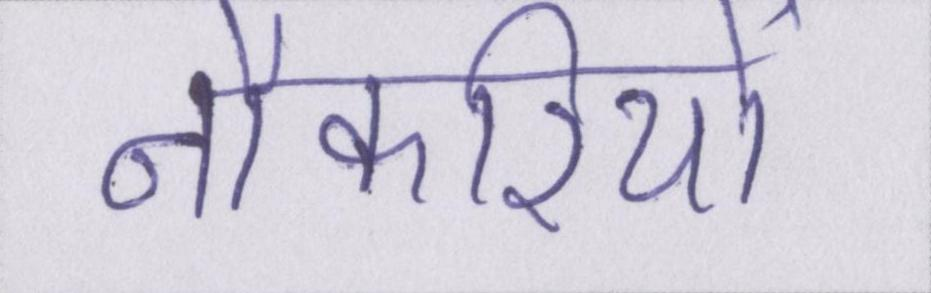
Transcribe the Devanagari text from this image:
नौकरियों